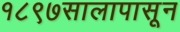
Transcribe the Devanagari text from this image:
१८९७सालापासून